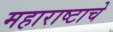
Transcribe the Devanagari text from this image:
महाराष्टाचे